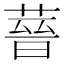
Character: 𦵻